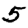
Digit: 5